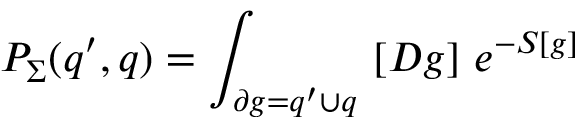
P _ { \Sigma } ( q ^ { \prime } , q ) = \int _ { \partial g = q ^ { \prime } \cup q } \ [ D g ] \ e ^ { - S [ g ] }